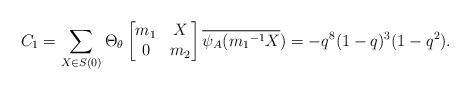
\begin{align*} C_1=\sum_{X \in S(0)}\Theta_{\theta} \begin{bmatrix} m_1 & X\\ 0 & m_2\end{bmatrix}\overline{\psi_A({m_1}^{-1}X})=-q^{8}(1-q)^3(1-q^2).\end{align*}